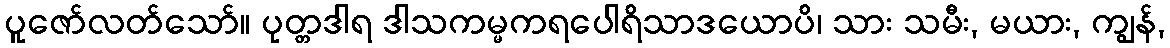
ပူဇော်လတ်သော်။ ပုတ္တဒါရ ဒါသကမ္မကရပေါရိသာဒယောပိ၊ သား သမီး, မယား, ကျွန်,